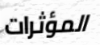
المؤثرات